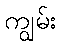
ကျွမ်း